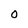
Character: 0